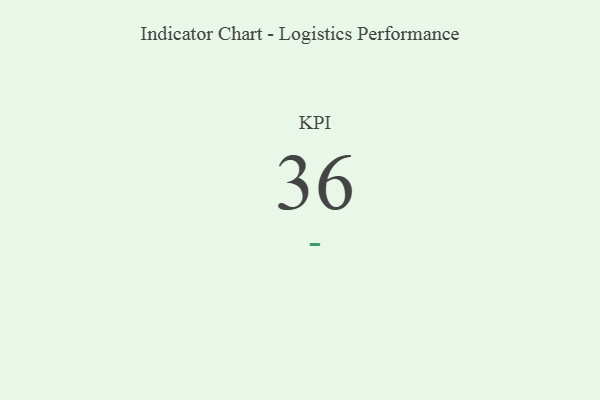
{"axis": {"x": "KPI", "y": "Value"}, "legend": [""], "data": [{"x": "KPI", "y": 36, "type": ""}]}